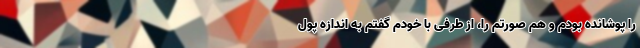
را پوشانده بودم و هم صورتم را، از طرفی با خودم گفتم به اندازه پول